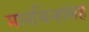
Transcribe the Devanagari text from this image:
मानचिन्हांसह